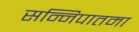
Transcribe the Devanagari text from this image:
सन्निपातमा